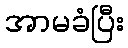
အာမခံပြီး